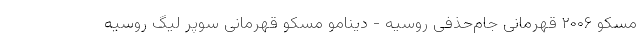
مسکو ۲۰۰۶ قهرمانی جام‌حذفی روسیه - دینامو مسکو قهرمانی سوپر لیگ روسیه